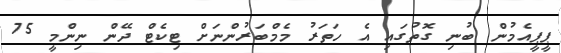
ޕީޕީއެމުން ބުނި ގޮތުގައި އެ ހަތަރު މެމްބަރުންނަށް ޓިކެޓް ދޭން ނިންމީ 75